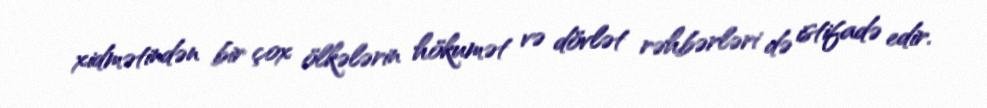
xidmətindən bir çox ölkələrin hökumət və dövlət rəhbərləri də istifadə edir.